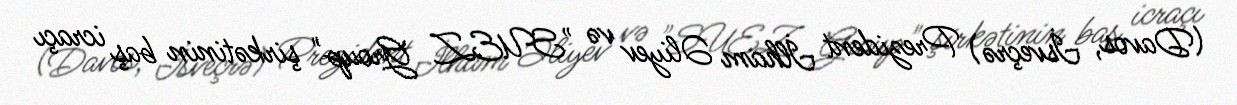
(Davos, İsveçrə) Prezident İlham Əliyev və "SUEZ Group" şirkətinin baş icraçı